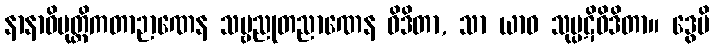
နာနာဓိမုတ္တိကတာဉာဏေန သဗ္ဗညုတညာဏေန ဝိဒိတာ, သာ ယာဝ သုပ္ပဋိဝိဒိတာ။ ဒွေပိ